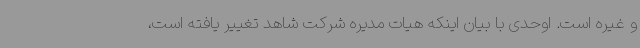
و غیره است. اوحدی با بیان اینکه هیات مدیره شرکت شاهد تغییر یافته است،